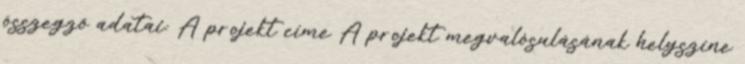
összegző adatai: A projekt címe A projekt megvalósulásának helyszíne